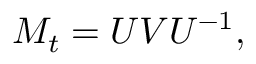
M _ { t } = U V U ^ { - 1 } ,